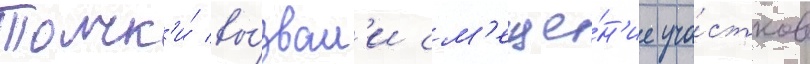
Толчк'и́ вы́звал'и см'еще́н'ие уча́стков